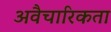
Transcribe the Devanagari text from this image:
अवैचारिकता